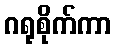
ဂရုစိုက်ကာ